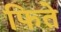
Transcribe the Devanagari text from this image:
फिते